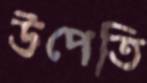
উপেতি